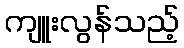
ကျူးလွန်သည့်